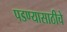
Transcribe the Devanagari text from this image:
पडण्यासाठीचे